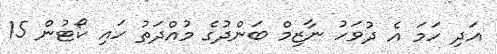
އަދި ހަމަ އެ ދުވަހު ނާޒިމް ބަންދުގެ މުއްދަތު ހައި ކޯޓުން 15